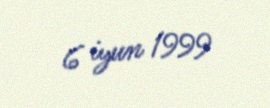
6 iyun 1999